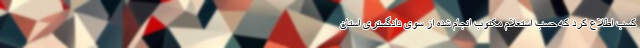
کسب اطلاع کرد که حسب استعلام مکتوب انجام شده از سوی دادگستری استان